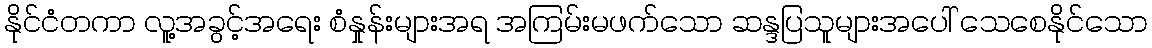
နိုင်ငံတကာ လူ့အခွင့်အရေး စံနှုန်းများအရ အကြမ်းမဖက်သော ဆန္ဒပြသူများအပေါ် သေစေနိုင်သော